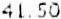
41.50